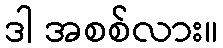
ဒါ အစစ်လား။